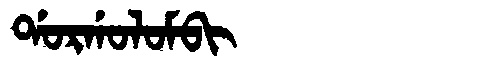
Manchu: ᡩᠣᡵᡤᠣᠯᠣᠮᠪᡳ
Romanization: DORGOLOMBI